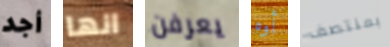
أجد انها يعرفن أوه بمنتصف